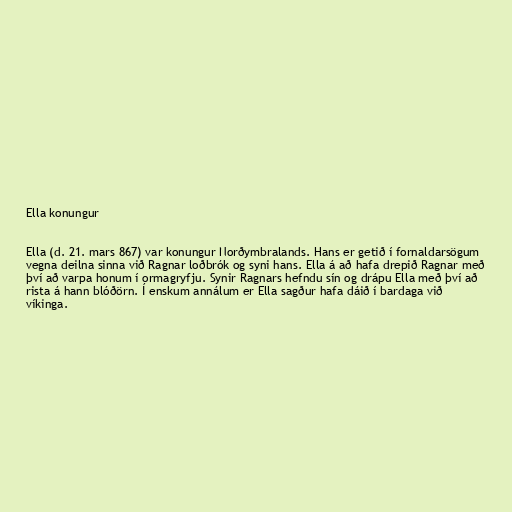
Ella konungur

Ella (d. 21. mars 867) var konungur Norðymbralands. Hans er getið í fornaldarsögum
vegna deilna sinna við Ragnar loðbrók og syni hans. Ella á að hafa drepið Ragnar með
því að varpa honum í ormagryfju. Synir Ragnars hefndu sín og drápu Ella með því að
rista á hann blóðörn. Í enskum annálum er Ella sagður hafa dáið í bardaga við
víkinga.